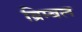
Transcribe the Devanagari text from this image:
ब्रिम्बल